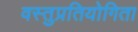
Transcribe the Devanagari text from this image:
वस्तुप्रतियोगिता